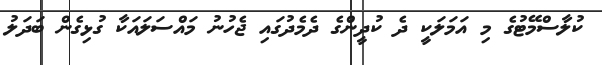
ކުލާސްމޭޓުގެ މި އަމަލަކީ ދެ ކުދީންގެ ދެމެދުގައި ޖެހުނު މައްސަލައަކާ ގުޅިގެން ބަދަލު